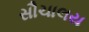
સૌચાલય